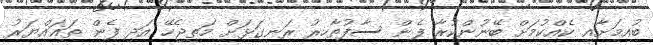
ބުއިމަށާއި ކެއްކުމަށް ބޭނުންކުރާ ފެން ސާފުތާހިރު ރަނގަޅަށް މަތިޖެހޭ އަދި ފެން ތަޣައްޔަރު